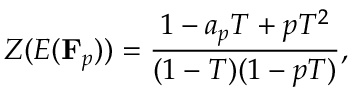
Z ( E ( \mathbf { F } _ { p } ) ) = { \frac { 1 - a _ { p } T + p T ^ { 2 } } { ( 1 - T ) ( 1 - p T ) } } ,